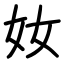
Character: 奻